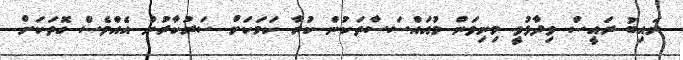
ނައިބު ރައީސް ވިދާޅުވީ މިނިވަން މުއައްސަސާތަކުން ކުރާ ކަމަކަށް ސަރުކާރުން އެއްވެސް ގޮތަކަށް